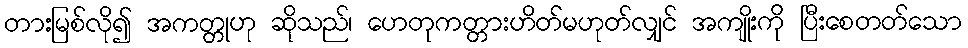
တားမြစ်လို၍ အကတ္တုဟု ဆိုသည်၊ ဟေတုကတ္တားဟိတ်မဟုတ်လျှင် အကျိုးကို ပြီးစေတတ်သော